Supplement to the account of plague administration in the Bombay Presidency from September 1896 till May 1897
Year: 1896
Disease focus: Plague
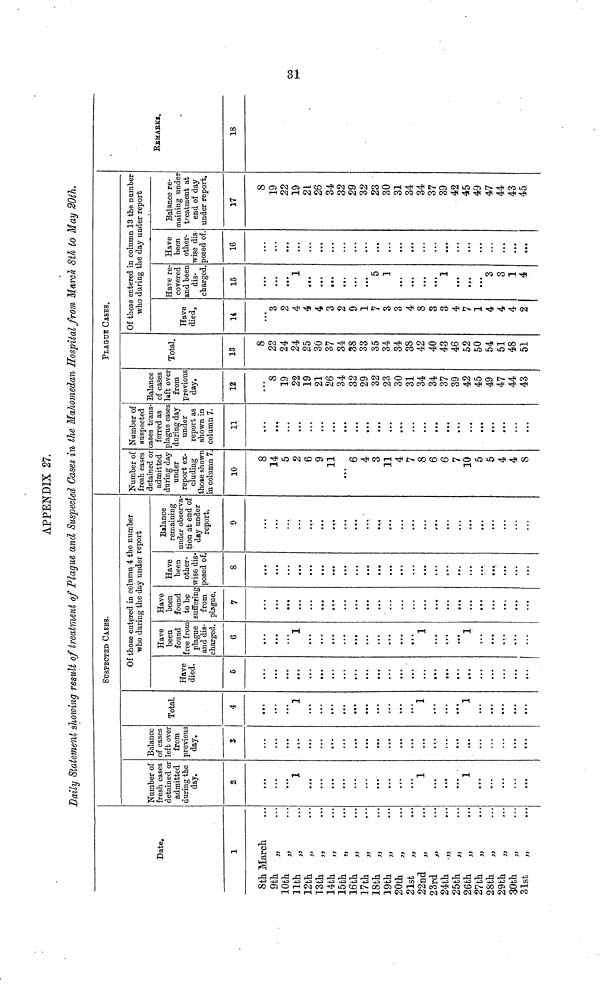
APPENDIX 27.
Daily Statement showing result of treatment of Plague and Suspected Cases in the Mahomedan Hospital from March 8th to May 20th.
Date.
1
8th March
9th „
10th „
11th ,,
12th „
13th „
14th „
15th „
16th „
17th „
18th „
19th „
20th
„
21st
„
22nd ,,
23rd „
24th .,,
25th „
26th „
27th „
28th „
29th „
30th ,,
31st
„
SUSPECTED CASES.
Number of
fresh cases
detained or
admitted
during the
day.
2
...
...
...
1
...
...
• ••
...
...
...
...
...
...
...
1
...
• ••
1
• ••
...
...
...
...
Balance
of cases
left over
from
previous
day.
3
...
...
...
...
...
...
...
...
Total.
4
1
...
...
...
1
i-i
•
•
•
•
Of those entered in column 4 the number
who during the day under report
Have
died.
5
...
...
...
...
Have
been
found
free from
plague
and dis-
charged.
6
1
1
1
...
Have
been
found
to be
suffering
from
plague.
7
...
...
...
Have
been
other-
wise dis-
posed of
8
...
...
...
Balance
remaining
under observa
tion at end of
day under
report.
9
...
...
...
...
...
• a.
...
...
...
....
• • •
...
...
...
...
PLAGUE CASES.
Number of
fresh cases
detained or
admitted
during day
under
report ex-
cluding
those shown
in column 7.
10
8
14
5
2
6
9
11
6
4
3
11
4
7
8
6
6
7
10
5
5
4
4
8
Number of
suspected
cases trans-
ferred as
plague cases
during day
under
report as
shown in
column 7.
11
...
a*.
...
...
...
...
...
...
a».
...
...
...
«a.
• ••
• a.
...
...
Balance
of cases
left over
from
previous
day.
12
8
19
22
19
21
26
34
32
29
32
23
30
31
34
34
37
39
42
45
49
47
44
43
Total.
13
8
22
24
24
25
30
37
34
38
33
35
34
34
38
42
40
43
46
52
50
54
51
48
51
Of those entered in column 13 the number
who during the day under report
Have
died.
14
3
2
4
4
4
3
2
9
1
7
3
3
4
8
3
3
4
7
1
4
4
4
2
Have re-
covered
and been
dis-
charged.
15
• • •
• • •
1
• t.
...
•t.
«a.
...
• ••
5
1
•••
...
• ••
...
1
• ••
...
3
3
1
4
Have
been
other-
wise dis
posed of.
16
...
...
...
...
...
...
...
...
...
...
...
...
...
...
• •a
...
...
...
...
...
...
• ••
Balance re-
maining under
treatment at
end of day
under report.
17
8
19
22
19
21
26
34
32
29
32
23
30
31
34
34
37
39
42
45
49
47
44
43
45.
REMARKS.
18
31